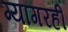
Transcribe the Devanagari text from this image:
ग्यागरहीं